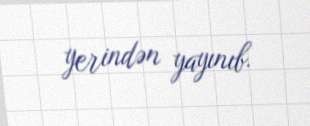
yerindən yayınıb.